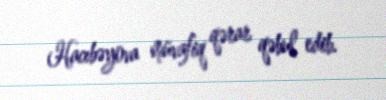
Hacıbəyova müvafiq qərar qəbul edib.